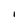
Character: I